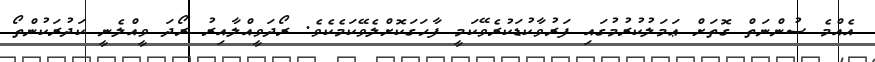
އެއްމެ ސުންނަތް ގޮތަށް ޢަމަލުކުރުމުގައި ފަރުވާކުޑަކުރެވޭކަމީ ފާހަގަކޮށްލެވޭކަމެކެވެ. ރޯދަވީއްލާއިރު ރޯދަ ވީއްލެނީ ކަދުރަކުންތޯ